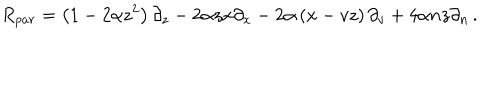
R _ { p a r } = \left( 1 - 2 \alpha z ^ { 2 } \right) \partial _ { z } - 2 \alpha z x \partial _ { x } - 2 \alpha \left( x - v z \right) \partial _ { v } + 4 \alpha n z \partial _ { n } \, .